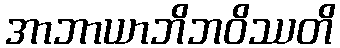
အာဘာယာဘိဘဝိဿတိ